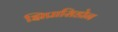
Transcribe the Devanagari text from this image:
झिप्रासिडोन